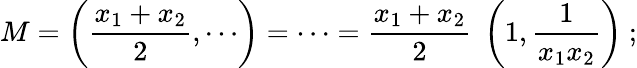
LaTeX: M=\left({\frac{x_{1}+x_{2}}{2}},\cdots\right)=\cdots={\frac{x_{1}+x_{2}}{2}}\; \left(1,{\frac{1}{x_{1}x_{2}}}\right)\ ;